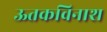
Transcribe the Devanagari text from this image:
ऊतकविनाश